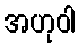
အဟုဝါ